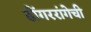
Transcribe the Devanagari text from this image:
डोंगररांगेची